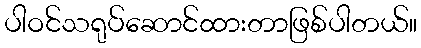
ပါဝင်သရုပ်ဆောင်ထားတာဖြစ်ပါတယ်။